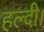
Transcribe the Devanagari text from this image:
हल्दी।